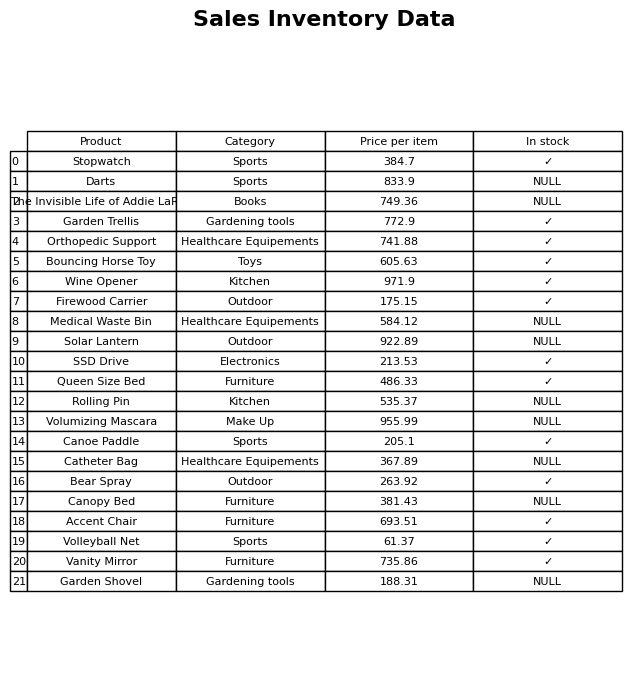
question: What is the price for Volleyball Net?
answer: The price of Volleyball Net is 61.37.